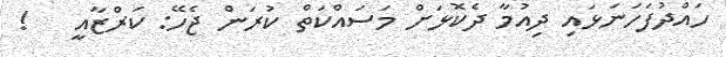
ހައްދުފަހަނަޅައި ދިއުމާ ދެކޮޅަށް މަސައްކަތް ކުރަން ޖެހޭ: ކަރްޒާއީ   !